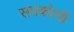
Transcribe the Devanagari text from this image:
सप्तकोसी